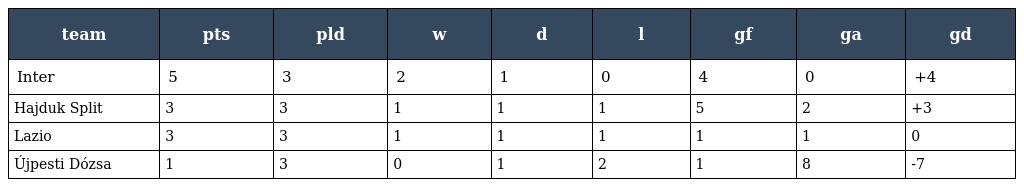
| team | pts | pld | w | d | l | gf | ga | gd |
 | --- | --- | --- | --- | --- | --- | --- | --- | --- |
 | Inter | 5 | 3 | 2 | 1 | 0 | 4 | 0 | +4 |
 | Hajduk Split | 3 | 3 | 1 | 1 | 1 | 5 | 2 | +3 |
 | Lazio | 3 | 3 | 1 | 1 | 1 | 1 | 1 | 0 |
 | Újpesti Dózsa | 1 | 3 | 0 | 1 | 2 | 1 | 8 | -7 |